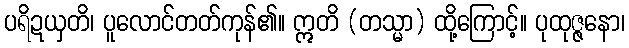
ပရိဍယှတိ၊ ပူလောင်တတ်ကုန်၏။ ဣတိ (တသ္မာ) ထို့ကြောင့်။ ပုထုဇ္ဇနော၊